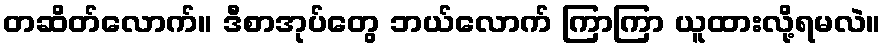
တဆိတ်လောက်။ ဒီစာအုပ်တွေ ဘယ်လောက် ကြာကြာ ယူထားလို့ရမလဲ။